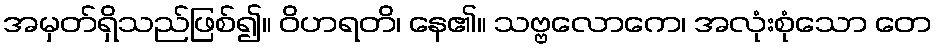
အမှတ်ရှိသည်ဖြစ်၍။ ဝိဟရတိ၊ နေ၏။ သဗ္ဗလောကေ၊ အလုံးစုံသော တေ